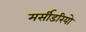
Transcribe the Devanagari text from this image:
मर्सीडरियो